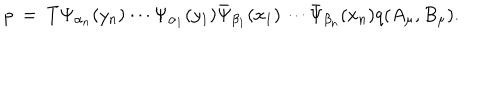
{ \it p } \ = \ T \Psi _ { \alpha _ { n } } ( y _ { n } ) \cdots \Psi _ { \alpha _ { 1 } } ( y _ { 1 } ) \bar { \Psi } _ { \beta _ { 1 } } ( x _ { 1 } ) \cdots \bar { \Psi } _ { \beta _ { n } } ( x _ { n } ) q ( A _ { \mu } , B _ { \mu } ) .